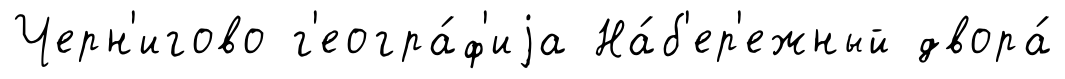
Черн'игово г'еогра́ф'иjа На́б'ер'ежный двора́